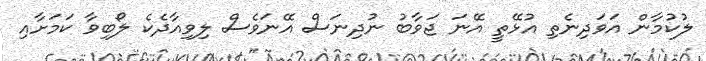
ލުކުމާން އަވަދިނެތި އުޅޭތީ އޭނަ ޖަވާބު ނުދިނަސް އޭނަވެސް ލިވިއާދެކެ ލޯބިވާ ކަމަށާއި